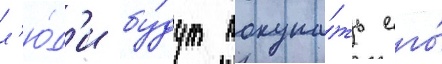
л'ю́д'и бу́дут покупа́ть его́